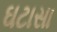
ઘટાસા